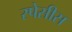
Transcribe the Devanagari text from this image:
स्पेसीस